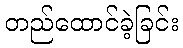
တည်ထောင်ခဲ့ခြင်း